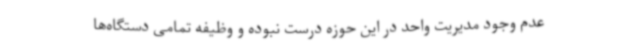
عدم وجود مدیریت واحد در این حوزه درست نبوده و وظیفه تمامی دستگاه‌ها